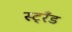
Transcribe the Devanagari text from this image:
स्ट्रँड